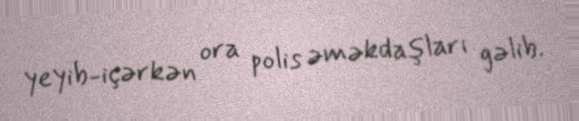
yeyib-içərkən ora polis əməkdaşları gəlib.